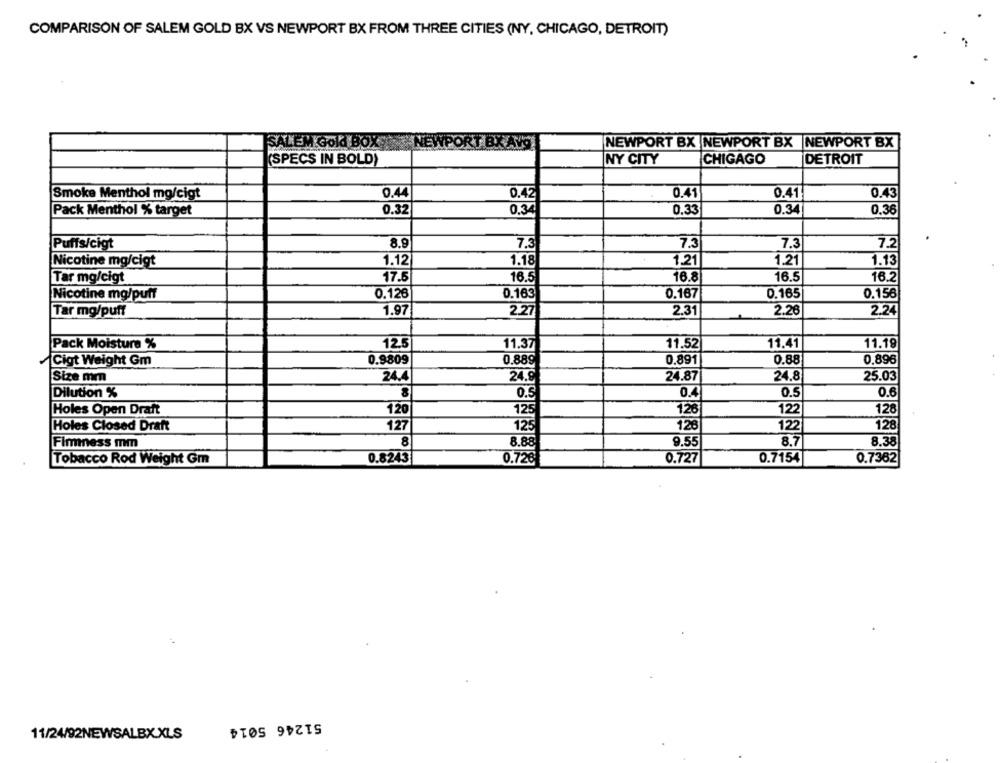
COMPARISON OF SALEM GOLD BX VS NEWPORT BX FROM THREE CITIES (NY, CHICAGO, DETROIT)
SALEM Gold BOX
X AVO
NEWPORT BX NEWPORT BX NEWPORT BX
(SPECS IN BOLD)
NY CITY
CHIGAGO
DETROIT
Smoke Menthol mg/cigt
0.4
0.42
0.41
0.41
0.43
Pack Menthol % target
0.32
0.34
0.33
0.34
0.36
8.9
7.3
7.3
7.3
7.2
Puffs/cigt
1.21
Nicotine mg/cigt
1.12
1.18
1.21
1.13
Tar mg/cigt
17.5
16.5
16.8
16.5
16.2
Nicotine mg/puff
0.126
0.163
0.167
0.165
0.156
Tar mg/puff
1.97
2.27
2.31
2.26
2.24
12.5
11.19
Pack Moisture %
11.37
11.52
11.41
Cigt Weight Gm
0.9809
0.889
0.891
0.88
0,896
Size mm
24.4
24.9
24.87
24.8
25.03
Dilution %
0.5
0.
0.5
0.6
Holes Open Draft
120
125
126
122
128
Holes Closed Draft
127
125
126
122
128
8
9.55
8.7
8.38
Firmness mm
8.88
0.727
0.7154
Tobacco Rod Weight Gm
0.8243
0.726
0.7362
51246 5014
11/24/92NEWSALBX.XLS